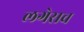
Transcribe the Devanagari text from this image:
लगेसच